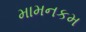
મામનકમ